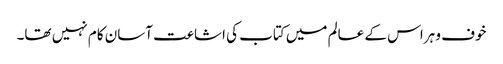
خوف و ہراس کے عالم میں کتاب کی اشاعت آسان کام نہیں تھا۔